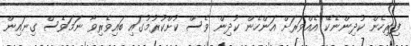
ފިރިހެން ކުދިންނެކޭ އެއްވަރަށް އަންހެން ކުދިން ވެސް ކުށްކުރުމުގައި ބައިވެރިވާ ނަމަވެސް ގިނައިން